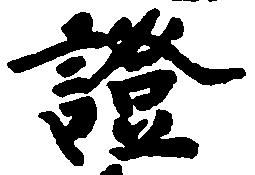
証